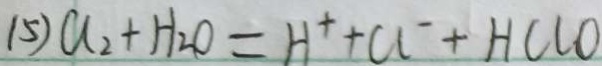
( 5 ) C l _ { 2 } + H _ { 2 } O = H ^ { + } + C l ^ { - } + H C l O